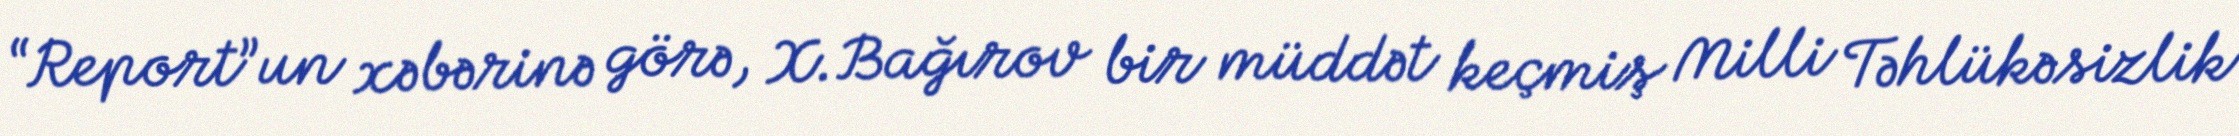
“Report”un xəbərinə görə, X.Bağırov bir müddət keçmiş Milli Təhlükəsizlik